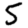
Digit: 5